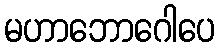
မဟာဘောဂေါပေ